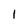
Character: 1